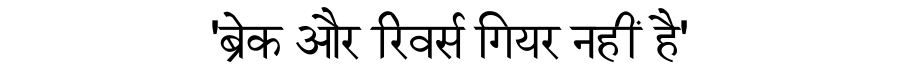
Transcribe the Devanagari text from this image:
'ब्रेक और रिवर्स गियर नहीं है'